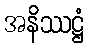
အနိဿဋ္ဌံ